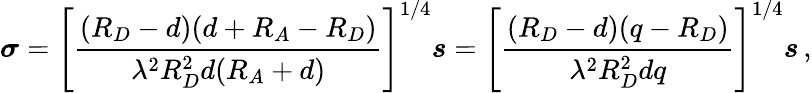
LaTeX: \boldsymbol\sigma=\left[{\frac{(R_{D}-d)(d+R_{A}-R_{D})}{\lambda^{2}R_{D}^{2}d(R_{A}+d)}}\right]^{1/4}\boldsymbol s=\left[{\frac{(R_{D}-d)(q-R_{D})}{\lambda^{2}R_{D}^{2}dq}}\right]^{1/4}\boldsymbol s\, ,